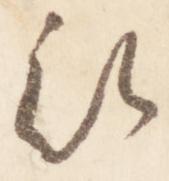
被